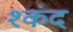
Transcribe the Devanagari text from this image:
श्कंद